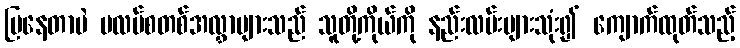
ပြနေတာပဲ ပလပ်စတစ်အလွှာများသည် သူတို့ကိုယ်ကို နည်းလမ်းများသုံး၍ ကျောက်ထုတ်သည့်